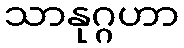
သာနုဂ္ဂဟာ